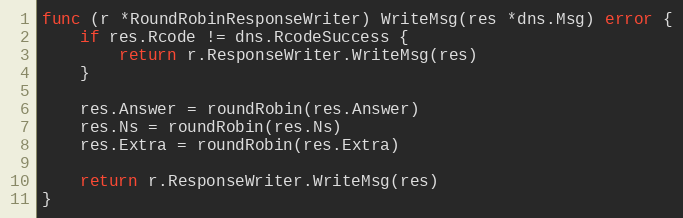
Language: Go
func (r *RoundRobinResponseWriter) WriteMsg(res *dns.Msg) error {
	if res.Rcode != dns.RcodeSuccess {
		return r.ResponseWriter.WriteMsg(res)
	}

	res.Answer = roundRobin(res.Answer)
	res.Ns = roundRobin(res.Ns)
	res.Extra = roundRobin(res.Extra)

	return r.ResponseWriter.WriteMsg(res)
}